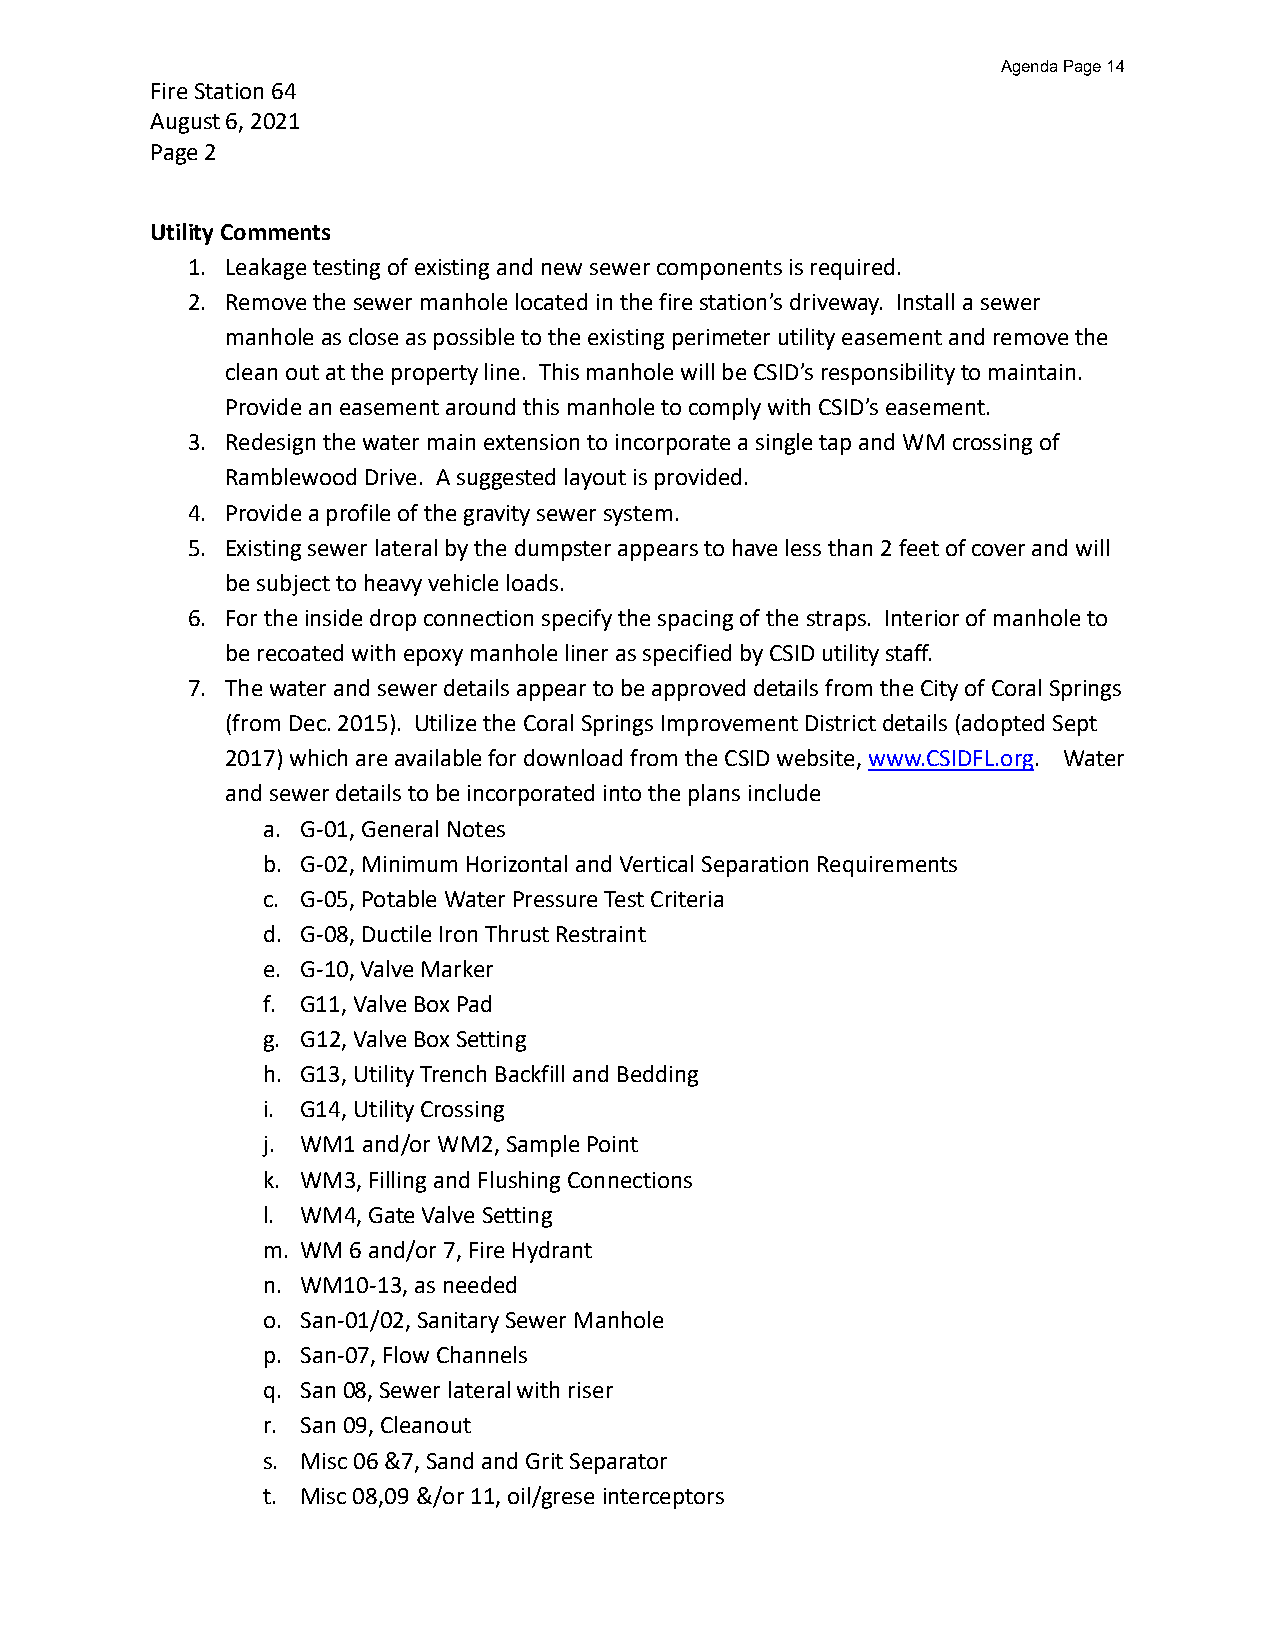
Agenda Page 14
 Fire Station 64
 August 6, 2021
 Page 2
 Utility Comments
 1. Leakage testing of existing and new sewer components is required.
 2. Remove the sewer manhole located in the fire station’s driveway. Install a sewer
 manhole as close as possible to the existing perimeter utility easement and remove the
 clean out at the property line. This manhole will be CSID’s responsibility to maintain.
 Provide an easement around this manhole to comply with CSID’s easement.
 3. Redesign the water main extension to incorporate a single tap and WM crossing of
 Ramblewood Drive. A suggested layout is provided.
 4. Provide a profile of the gravity sewer system.
 5. Existing sewer lateral by the dumpster appears to have less than 2 feet of cover and will
 be subject to heavy vehicle loads.
 6. For the inside drop connection specify the spacing of the straps. Interior of manhole to
 be recoated with epoxy manhole liner as specified by CSID utility staff.
 7. The water and sewer details appear to be approved details from the City of Coral Springs
 (from Dec. 2015). Utilize the Coral Springs Improvement District details (adopted Sept
 2017) which are available for download from the CSID website, www.CSIDFL.org. Water
 and sewer details to be incorporated into the plans include
 a. G-01, General Notes
 b. G-02, Minimum Horizontal and Vertical Separation Requirements
 c. G-05, Potable Water Pressure Test Criteria
 d. G-08, Ductile Iron Thrust Restraint
 e. G-10, Valve Marker
 f. G11, Valve Box Pad
 g. G12, Valve Box Setting
 h. G13, Utility Trench Backfill and Bedding
 i. G14, Utility Crossing
 j. WM1 and/or WM2, Sample Point
 k. WM3, Filling and Flushing Connections
 l. WM4, Gate Valve Setting
 m. WM 6 and/or 7, Fire Hydrant
 n. WM10-13, as needed
 o. San-01/02, Sanitary Sewer Manhole
 p. San-07, Flow Channels
 q. San 08, Sewer lateral with riser
 r. San 09, Cleanout
 s. Misc 06 &7, Sand and Grit Separator
 t. Misc 08,09 &/or 11, oil/grese interceptors